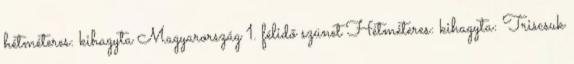
hétméteres: kihagyta Magyarország 1. félidő szünet Hétméteres: kihagyta: Triscsuk